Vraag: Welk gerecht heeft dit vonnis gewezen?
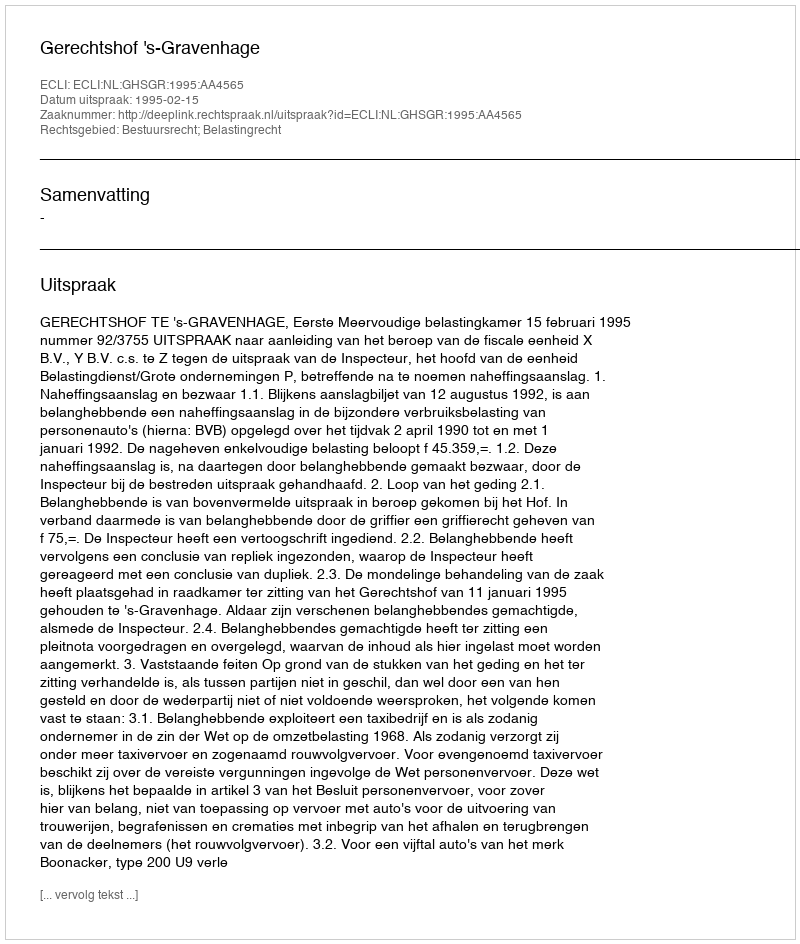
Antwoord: Gerechtshof 's-Gravenhage